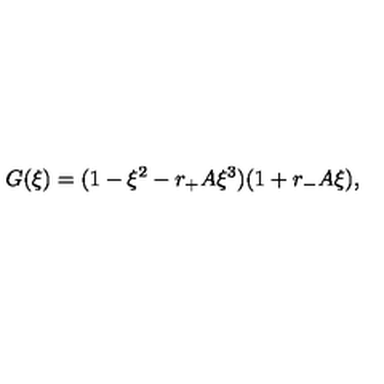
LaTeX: G ( \xi ) = ( 1 - \xi ^ { 2 } - r _ { + } A \xi ^ { 3 } ) ( 1 + r _ { - } A \xi ) ,